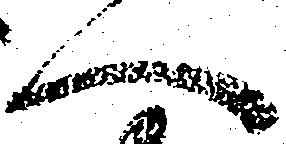
へ